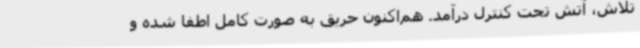
تلاش، آتش تحت کنترل درآمد. هم‌اکنون حریق به صورت کامل اطفا شده و